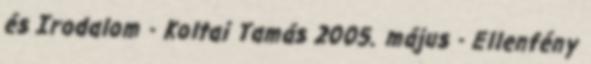
és Irodalom - Koltai Tamás 2005. május - Ellenfény